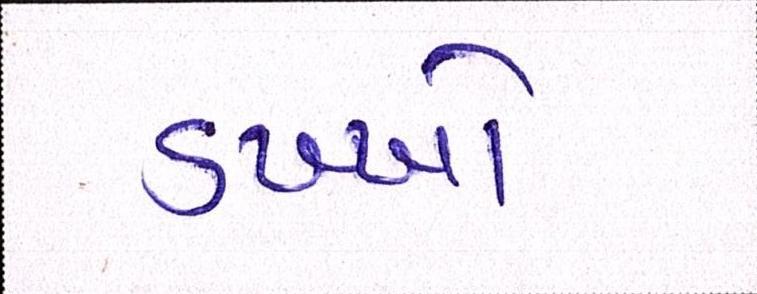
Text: ડખ્ખો